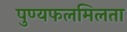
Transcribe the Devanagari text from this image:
पुण्यफलमिलता